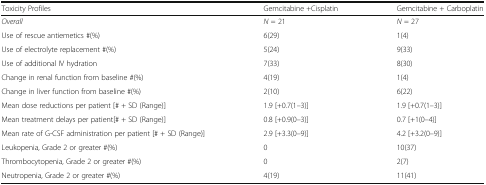
<table><thead><tr><td><b>Toxicity Profiles</b></td><td><b>Gemcitabine +Cisplatin</b></td><td><b>Gemcitabine + Carboplatin</b></td></tr></thead><tbody><tr><td><i>Overall</i></td><td><i>N</i> = 21</td><td><i>N</i> = 27</td></tr><tr><td>Use of rescue antiemetics #(%)</td><td>6(29)</td><td>1(4)</td></tr><tr><td>Use of electrolyte replacement #(%)</td><td>5(24)</td><td>9(33)</td></tr><tr><td>Use of additional IV hydration</td><td>7(33)</td><td>8(30)</td></tr><tr><td>Change in renal function from baseline #(%)</td><td>4(19)</td><td>1(4)</td></tr><tr><td>Change in liver function from baseline #(%)</td><td>2(10)</td><td>6(22)</td></tr><tr><td>Mean dose reductions per patient [# + SD (Range)]</td><td>1.9 [+0.7(1–3)]</td><td>1.9 [+0.7(1–3)]</td></tr><tr><td>Mean treatment delays per patient[# + SD (Range)]</td><td>0.8 [+0.9(0–3)]</td><td>0.7 [+1(0–4)]</td></tr><tr><td>Mean rate of G-CSF administration per patient [# + SD (Range)]</td><td>2.9 [+3.3(0–9)]</td><td>4.2 [+3.2(0–9)]</td></tr><tr><td>Leukopenia, Grade 2 or greater #(%)</td><td>0</td><td>10(37)</td></tr><tr><td>Thrombocytopenia, Grade 2 or greater #(%)</td><td>0</td><td>2(7)</td></tr><tr><td>Neutropenia, Grade 2 or greater #(%)</td><td>4(19)</td><td>11(41)</td></tr></tbody></table>